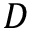
D